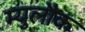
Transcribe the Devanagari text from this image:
म्युलौक